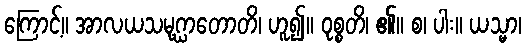
ကြောင့်။ အာလယသမုဂ္ဃာတောတိ၊ ဟူ၍။ ဝုစ္စတိ၊ ၏။ စ၊ ပါး။ ယသ္မာ၊